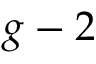
g - 2